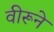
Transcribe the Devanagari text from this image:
वीरूने